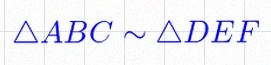
\triangle ABC\sim\triangle DEF